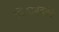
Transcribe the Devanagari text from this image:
निःशब्दतेचे